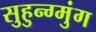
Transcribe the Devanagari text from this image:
सुहुन्ग्मुंग